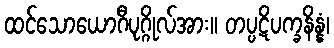
ထင်သောယောဂီပုဂ္ဂိုလ်အား။ တပ္ပဋိပက္ခနိန္နံ၊